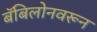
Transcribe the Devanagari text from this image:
बॅबिलोनवरून